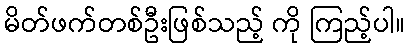
မိတ်ဖက်တစ်ဦးဖြစ်သည့် ကို ကြည့်ပါ။